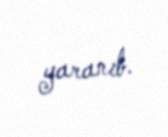
yaranıb.